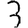
Digit: 3